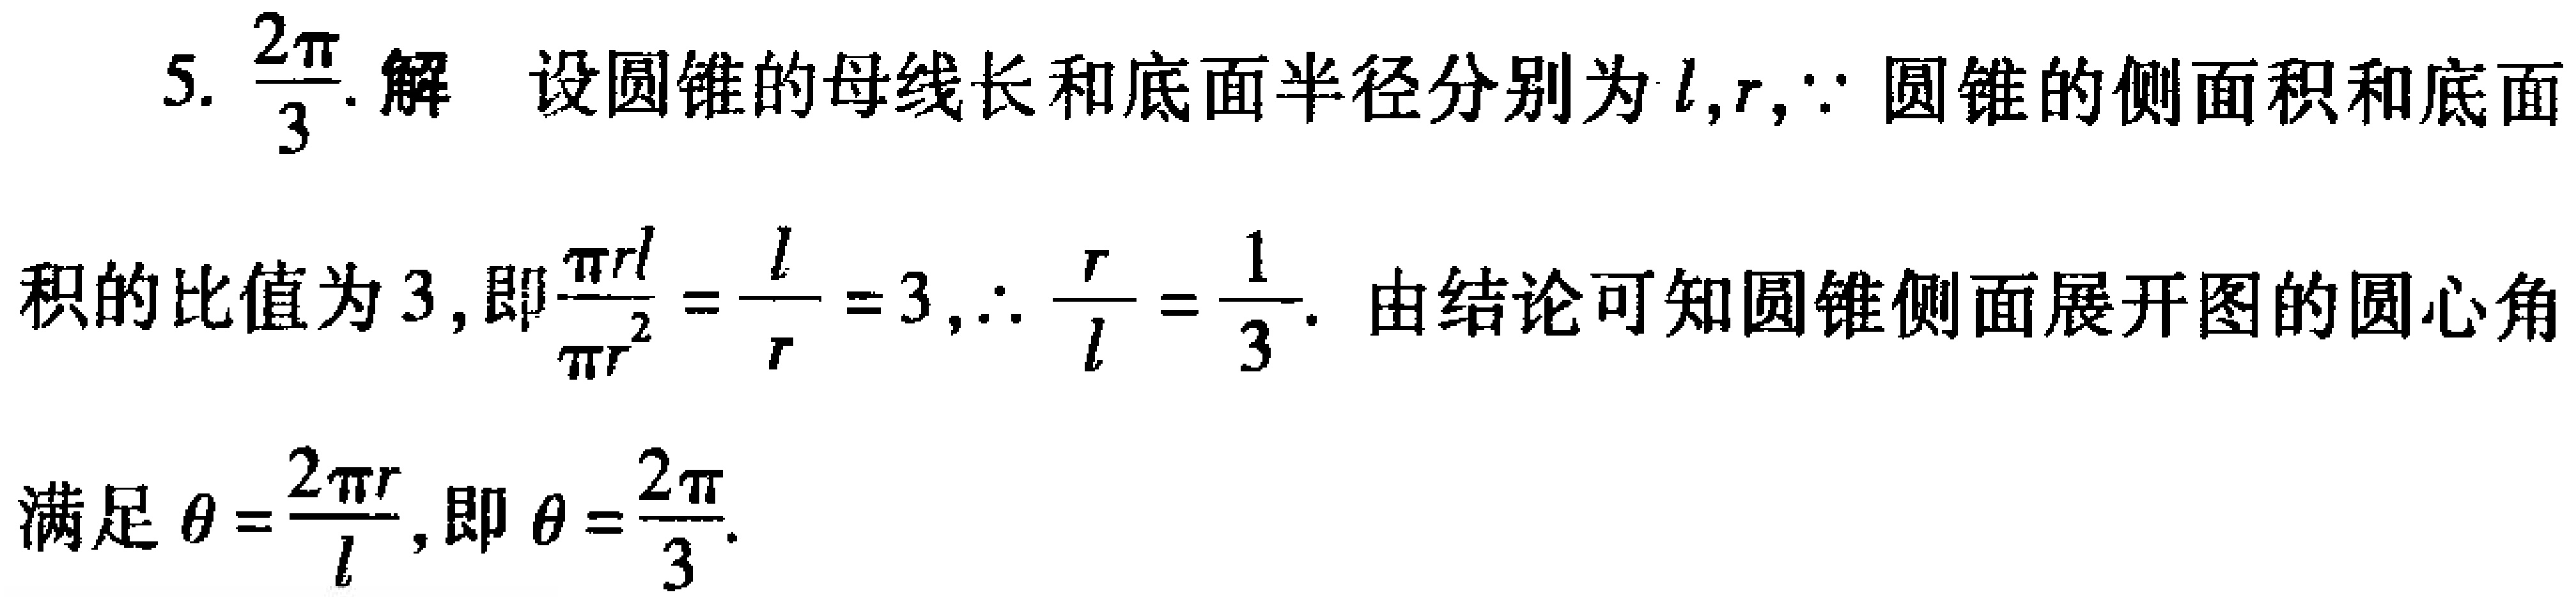
5. $\frac{2\pi}{3}$. 解 设圆锥的母线长和底面半径分别为$l,r$,$\because$ 圆锥的侧面积和底面
积的比值为$3$,即$\frac{\pi rl}{\pi r^{2}}=\frac{l}{r}=3$,$\therefore \frac{r}{l}=\frac{1}{3}$. 由结论可知圆锥侧面展开图的圆心角
满足$\theta =\frac{2\pi r}{l}$,即$\theta =\frac{2\pi}{3}$.